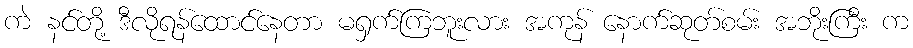
ကဲ နင်တို့ ဒီလိုရန်ထောင်နေတာ မရှက်ကြဘူးလား အကုန် နောက်ဆုတ်စမ်း အဘိုးကြီး က